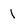
Character: 1